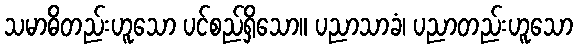
သမာဓိတည်းဟူသော ပင်စည်ရှိသော။ ပညာသာခံ၊ ပညာတည်းဟူသော